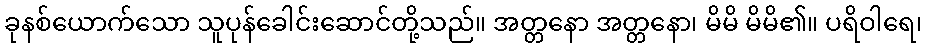
ခုနစ်ယောက်သော သူပုန်ခေါင်းဆောင်တို့သည်။ အတ္တနော အတ္တနော၊ မိမိ မိမိ၏။ ပရိဝါရေ၊